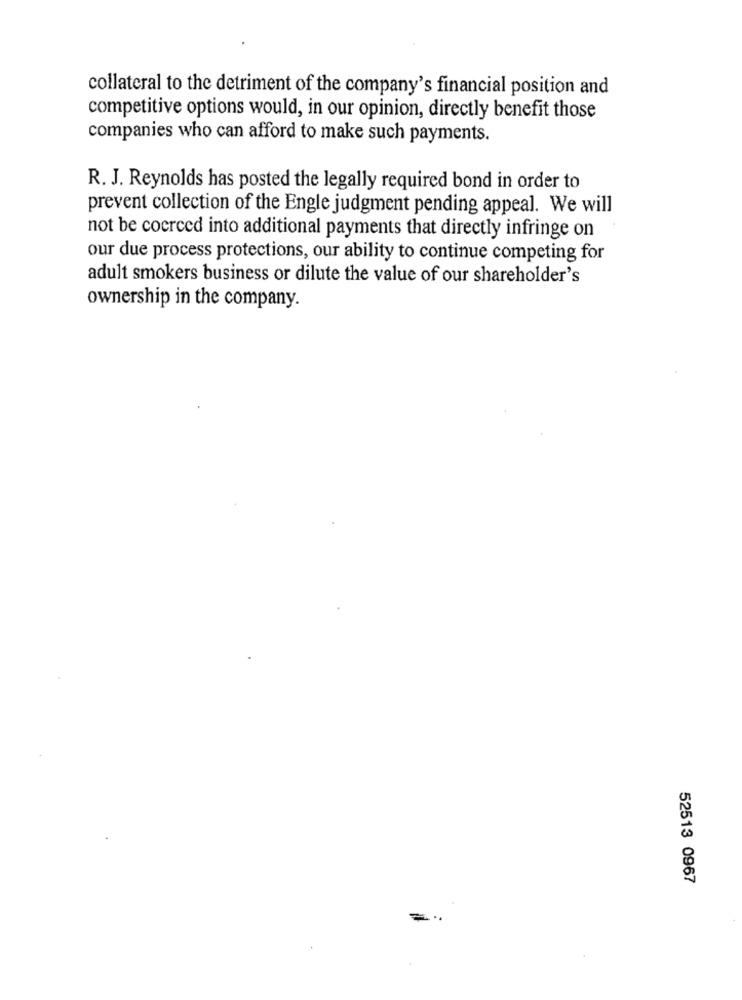
collateral to the detriment of the company's financial position and
competitive options would, in our opinion, directly benefit those
companies who can afford to make such payments.
R. J. Reynolds has posted the legally required bond in order to
prevent collection of the Engle judgment pending appeal. We will
not be cocrced into additional payments that directly infringe on
our due process protections, our ability to continue competing for
adult smokers business or dilute the value of our shareholder's
ownership in the company.
52513 0967